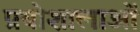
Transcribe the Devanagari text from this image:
प्रयोशालाओं